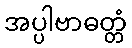
အပ္ပါဗာဓတ္တံ